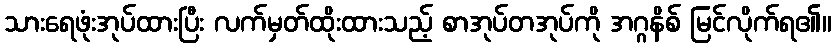
သားရေဖုံးအုပ်ထားပြီး လက်မှတ်ထိုးထားသည့် စာအုပ်တအုပ်ကို အဂ္ဂနိစ် မြင်လိုက်ရ၏။